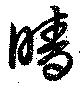
睛